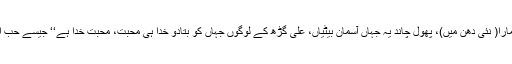
اس سی ڈی میں ’’سارے جہاں سے اچھا ہندوستان ہمارا( نئی دھن میں)، پھول چاند یہ جہاں آسمان بیٹیاں، علی گڑھ کے لوگوں جہاں کو بتادو خدا ہی محبت، محبت خدا ہے‘‘ جیسے حب الوطنی اور ہم آہنگی کا درس دیتے نغمے شامل ہیں۔